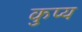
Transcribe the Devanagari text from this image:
कुप्य